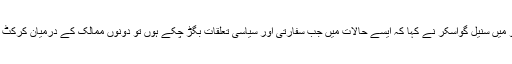
ایک بھارتی ٹی وی کے ساتھ انٹرویو میں‌ سنیل گواسکر ‌نے کہا کہ ایسے حالات میں‌ جب سفارتی اور سیاسی تعلقات بگڑ چکے ہوں تو دونوں ممالک کے درمیان کرکٹ سرگرمیاں جاری رکھنا ناممکن ہے۔